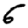
Digit: 6